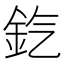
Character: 𨥊